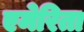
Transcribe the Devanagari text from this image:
एमेरिता